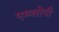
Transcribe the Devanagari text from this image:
एम्प्लोयी